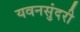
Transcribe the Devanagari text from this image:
यवनसुंदरी